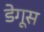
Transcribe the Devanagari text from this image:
डेगूस